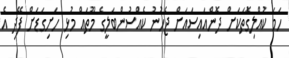
ހަމަ ކުއްލިގޮތަކަށް ދޮންއައިސައަށް ޖެހުނު ކެއްސުންބަލީގެ މޫތައް މުޅި ހަށިގަޑަށް ފޭދި އެ